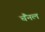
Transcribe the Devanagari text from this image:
चैंनल